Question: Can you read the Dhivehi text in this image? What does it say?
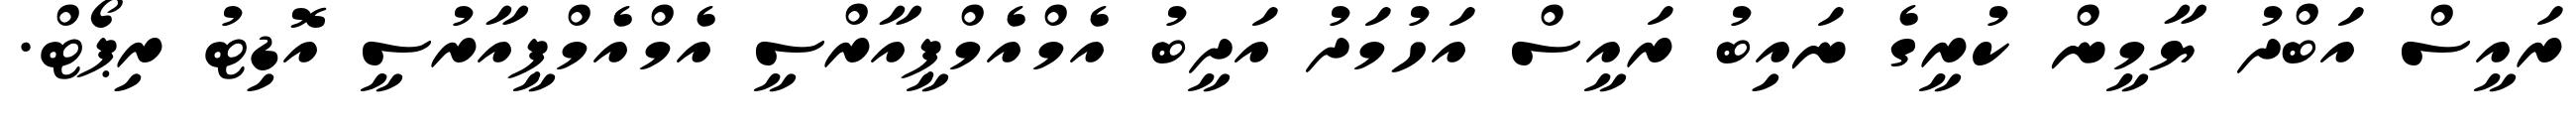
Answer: ރައީސް އަބްދު ޔާމީން ކުރީގެ ނައިބު ރައީސް އަހުމަދު އަދީބު އެމްއެމްޕީއާރްސީ އެމްއެމްޕީއާރުސީ އޮޑިޓު ރިޕޯޓް.